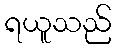
ရယူသည်